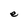
Character: e